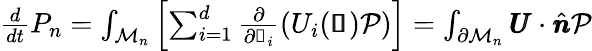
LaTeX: \begin{array}{r}{\frac{d}{dt}P_{n}=\int_{\mathcal{M}_{n}}\left[\sum_{i=1}^{d}\frac{\partial}{\partial\mathscr{s}_{i}}\left(U_{i}(\pmb{\mathscr{s}})\mathcal{P}\right)\right]=\int_{\partial\mathcal{M}_{n}}\pmb{U}\cdot\hat{\pmb{n}}\mathcal{P}}\end{array}